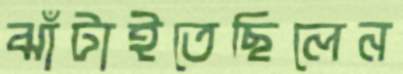
ঝাঁটাইতেছিলেন